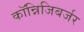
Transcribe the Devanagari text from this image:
कॉन्निजिबर्जर